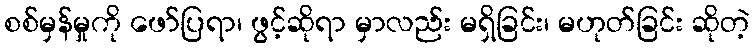
စစ်မှန်မှုကို ဖော်ပြရာ၊ ဖွင့်ဆိုရာ မှာလည်း မရှိခြင်း၊ မဟုတ်ခြင်း ဆိုတဲ့